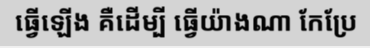
ធ្វើឡើង គឺដើម្បី ធ្វើយ៉ាងណា កែប្រែ